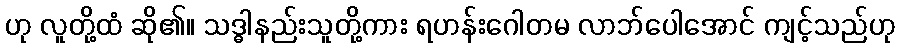
ဟု လူတို့ထံ ဆို၏။ သဒ္ဓါနည်းသူတို့ကား ရဟန်းဂေါတမ လာဘ်ပေါအောင် ကျင့်သည်ဟု